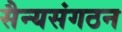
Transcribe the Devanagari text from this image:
सैन्यसंगठन